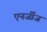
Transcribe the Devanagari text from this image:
एनर्जीज